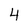
Character: 4